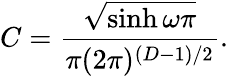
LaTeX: C=\frac{\sqrt{\sinh\omega\pi}}{\pi(2\pi)^{(D-1)/2}}.